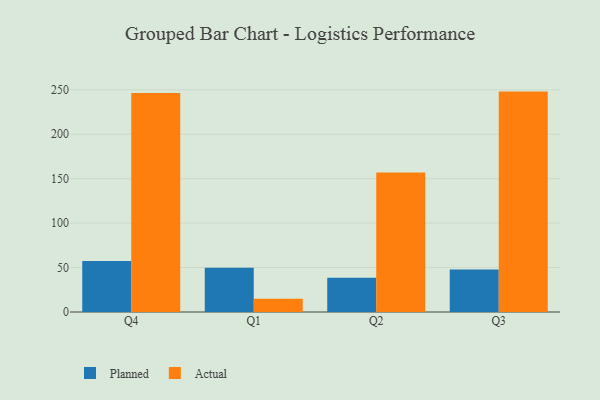
{"axis": {"x": "Quarter", "y": "Conversion Rate (%)"}, "legend": ["Actual", "Planned"], "data": [{"x": "Q4", "y": 57.5, "type": "Planned"}, {"x": "Q4", "y": 246.3, "type": "Actual"}, {"x": "Q1", "y": 49.8, "type": "Planned"}, {"x": "Q1", "y": 14.9, "type": "Actual"}, {"x": "Q2", "y": 38.4, "type": "Planned"}, {"x": "Q2", "y": 156.9, "type": "Actual"}, {"x": "Q3", "y": 47.7, "type": "Planned"}, {"x": "Q3", "y": 248.0, "type": "Actual"}]}